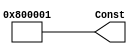
`timescale 1ns / 1ps
//////////////////////////////////////////////////////////////////////////////////
// Company: 
// Engineer: 
// 
// Design Name: 
// Module Name: Constant_generator
// Project Name: 
// Target Devices: 
// Tool Versions: 
// Description: 
// 
// Dependencies: 
// 
// Revision:
// Revision 0.01 - File Created
// Additional Comments:
// 
//////////////////////////////////////////////////////////////////////////////////


module Constant_Generator
#(
    // parameter ACC_1 = 0,
    // parameter ACC_2 = 4,
    parameter BASELINE = 10,
    parameter ACC_3 = 11
)
(
    // input wire [1 : 0] Enable,
    output wire [BASELINE-1 :BASELINE-( 2 * ACC_3 + 2)] Const
);
    if(ACC_3 == 0) begin: Const_0
        assign Const[BASELINE-1 : BASELINE-2] = 2'b11;
    end
    else begin: Const_0_ELSE
        assign Const[BASELINE-1 : BASELINE-2] = 2'b10;
    end

    // wire en_2 = Enable[0] || Enable[1];
    // wire en_3 = Enable[1];

    genvar i;
    // generate for(i = 3; i < 2 * ACC_3 + 2; i = i + 2) begin: c_odd_assign
    //     if(i == 2 * ACC_1 + 1) begin: Const_ACC_1
    //         assign Const[i] = 1'b0;     //ACC_1 always On
    //     end
    //     else if(i == 2 * ACC_2 + 1) begin: Const_ACC_2
    //         assign Const[i] = Enable[0];
    //     end
    //     else if(i == 2 * ACC_3 + 1) begin: Const_ACC_3
    //         assign Const[i] = Enable[1];
    //     end
    //     else begin: Const_Other
    //         assign Const[i] = 1'b0;
    //     end
    // end
    // endgenerate

    generate for(i = 3; i <= 2 * ACC_3 + 2; i = i + 1) begin: c_even_assign
        // if(i == 2 * ACC_1 + 2) begin: Const_ACC_1
        //     assign Const[i] = 1'b1;      //ACC_1 always On
        // end else if(i == 2 * ACC_2 + 2) begin: Const_ACC_2
        //     assign Const[i] = Enable[0];
        if(i == 2 * ACC_3 + 2) begin: Const_ACC_3
            assign Const[BASELINE-i] = 1'b1;
        end else begin: Others //(not working here)
            assign Const[BASELINE-i] = 1'b0;
        end
    end
    endgenerate

endmodule